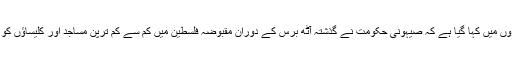
اس درمیان خبروں میں کہا گیا ہے کہ صیہونی حکومت نے گذشتہ آٹھ برس کے دوران مقبوضہ فلسطین میں کم سے کم ترپن مساجد اور کلیساؤں کو مسمار کیا ہے۔